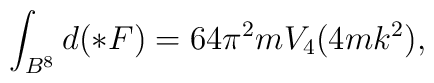
\int_{B^8} d (\ast F) = 64 \pi^2 m V_{4} (4m k^2),